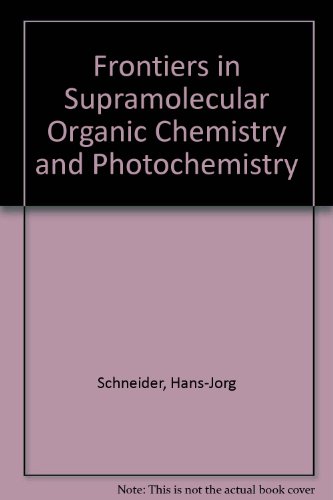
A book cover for Frontiers in Supramolecular Organic Chemistry and Photochemistry; Hans-Jorg Schneider; Science & Math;